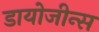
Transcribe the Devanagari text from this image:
डायोजीन्स